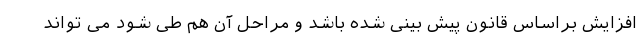
افزایش براساس قانون پیش بینی شده باشد و مراحل آن هم طی شود می تواند